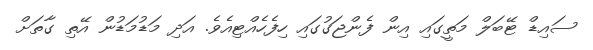
ސައިޑް ޓޭބަލް މަތީގައި އިން ފެންޖަގުގައި ހިފެހެއްޓިއެވެ. އަދި މަޑުމަޑުން އޭތި ގާތަށް